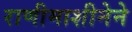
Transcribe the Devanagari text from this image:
राणीमाशीनेने